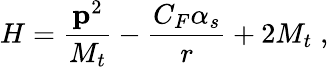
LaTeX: H={\frac{\mathbf p^{2}}{M_{t}}}-{\frac{C_{F}\alpha_{s}}{r}}+2M_{t}\; ,